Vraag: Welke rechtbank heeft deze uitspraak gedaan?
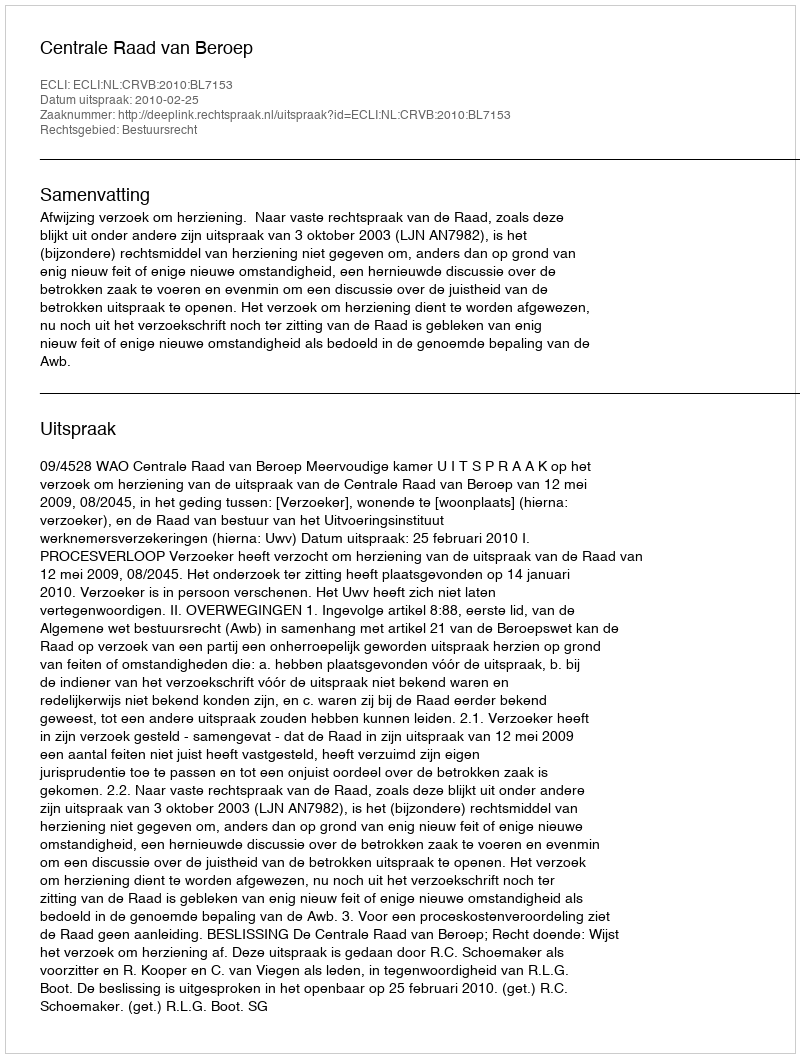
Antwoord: Centrale Raad van Beroep